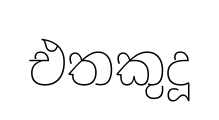
එතකුදූ